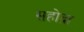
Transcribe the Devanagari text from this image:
सहोद्रा